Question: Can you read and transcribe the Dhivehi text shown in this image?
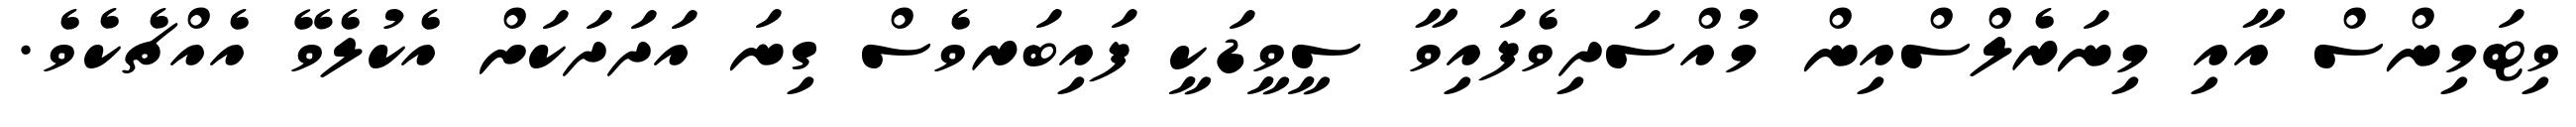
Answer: ވިޓަމިންސް އާއި މިނަރެލްސްއިން މުއްސަދިވެފައިވާ ސީވީޑަކީ ފައިބަރވެސް ގިނަ އަދަދަކަށް އެކުލެވޭ އެއްޗެކެވެ.